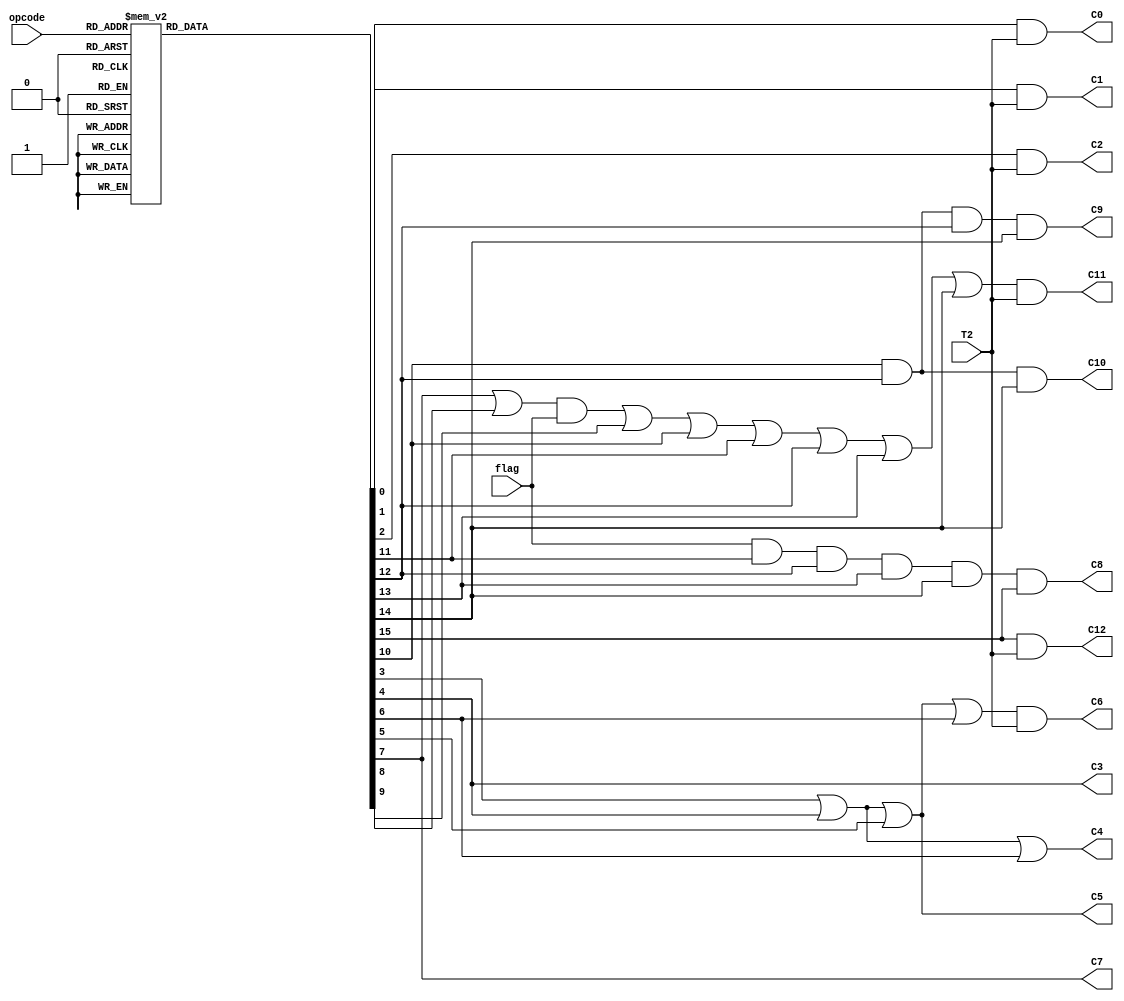
// Decode each instruction with a 4-to-1 decoder
// Produce the control signals C0 to C12 from a control truth table
// For execution commands (register enables) AND with T2

module Decoder(input [3:0] opcode, input flag, T2, output C0, C1, C2, C3, C4, C5, C6, C7, C8, C9, C10, C11, C12);
  
  reg [15:0] Z;
  
  always @ *
  begin
    Z = 0;
    case (opcode)
        4'b0000 : Z = 16'h0001;
        4'b0001 : Z = 16'h0002;
        4'b0010 : Z = 16'h0004;
        4'b0011 : Z = 16'h0008;
        4'b0100 : Z = 16'h0010;
        4'b0101 : Z = 16'h0020;
        4'b0110 : Z = 16'h0040;
        4'b0111 : Z = 16'h0080;
        4'b1000 : Z = 16'h0100;
        4'b1001 : Z = 16'h0200;
        4'b1010 : Z = 16'h0400;
        4'b1011 : Z = 16'h0800;
        4'b1100 : Z = 16'h1000;
        4'b1101 : Z = 16'h2000;
        4'b1110 : Z = 16'h4000;
        4'b1111 : Z = 16'h8000;
      endcase
  end
  
  assign C0 = Z[0] & T2;                                                                      // enable A register
  assign C1 = Z[1] & T2;                                                                      // enable B register
  assign C2 = Z[2] & T2;                                                                      // enable output register
  assign C3 = Z[4];                                                                           // steer A/B to shifter
  assign C4 = Z[3] | Z[4] | Z[6];                                                             // shifter confic c1
  assign C5 = Z[3] | Z[4] | Z[5];                                                             // shifter config c0 
  assign C6 = (Z[3] | Z[4] | Z[5] | Z[6]) & T2;                                               // enable shifter
  assign C7 = Z[7];                                                                           // steer A/shifter to ALU
  assign C8 = flag & Z[11] & Z[12] & Z[13] & Z[14] & Z[15];                                   // ALU config bit co
  assign C9 = Z[10] & Z[12] & Z[12] & Z[14];                                                  // ALU config bit c1
  assign C10 = Z[10] & Z[12] & Z[14];                                                         // ALU config bit c2
  assign C11 = (((Z[7] | Z[8]) & flag) | Z[9] | Z[10] | Z[11] | Z[12] | Z[13] | Z[14]) & T2;  // enable accumulator
  assign C12 = Z[15] & T2;                                                                    // enable output register 
endmodule